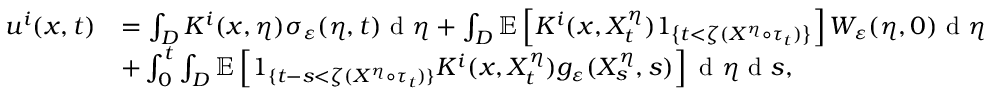
\begin{array} { r l } { u ^ { i } ( x , t ) } & { = \int _ { D } K ^ { i } ( x , \eta ) \sigma _ { \varepsilon } ( \eta , t ) \textrm { d } \eta + \int _ { D } \mathbb { E } \left[ K ^ { i } ( x , X _ { t } ^ { \eta } ) 1 _ { \left\{ t < \zeta ( X ^ { \eta } \circ \tau _ { t } ) \right\} } \right] W _ { \varepsilon } ( \eta , 0 ) \textrm { d } \eta } \\ & { + \int _ { 0 } ^ { t } \int _ { D } \mathbb { E } \left[ 1 _ { \{ t - s < \zeta ( X ^ { \eta } \circ \tau _ { t } ) \} } K ^ { i } ( x , X _ { t } ^ { \eta } ) g _ { \varepsilon } ( X _ { s } ^ { \eta } , s ) \right] \textrm { d } \eta \textrm { d } s , } \end{array}